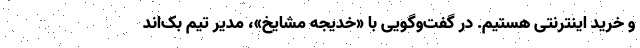
و خرید اینترنتی هستیم. در گفت‌وگویی با «خدیجه مشایخ»، مدیر تیم بک‌اند